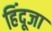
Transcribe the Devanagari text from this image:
हिंदूजा